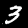
Digit: 3